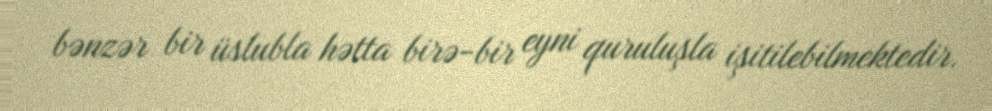
bənzər bir üslubla hətta birə-bir eyni quruluşla işitilebilmektedir.